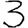
Digit: 3